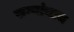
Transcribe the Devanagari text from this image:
रुग्णांचाच